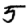
Digit: 5